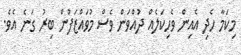
މިކަމާ ހެދި އެއިން ވެހިކަލެއް ދުއްވަން ވެސް މުވައްޒަފުން ބިރު ގަނެ އެވެ.